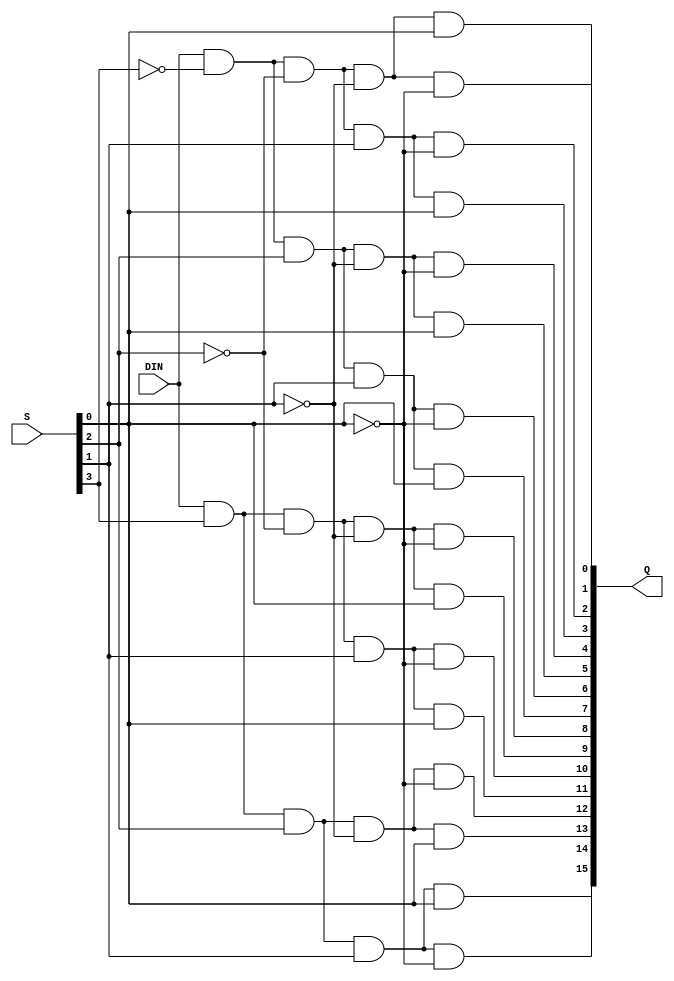
module DeMux1x16(input DIN,
    input [3:0] S,
    output [15:0] Q);
    
    assign Q[0] = DIN & ~S[3] & ~S[2] & ~S[1] & ~S[0];
    assign Q[1] = DIN & ~S[3] & ~S[2] & ~S[1] & S[0];
    assign Q[2] = DIN & ~S[3] & ~S[2] & S[1] & ~S[0];
    assign Q[3] = DIN & ~S[3] & ~S[2] & S[1] & S[0];
    assign Q[4] = DIN & ~S[3] & S[2] & ~S[1] & ~S[0];
    assign Q[5] = DIN & ~S[3] & S[2] & ~S[1] & S[0];
    assign Q[6] = DIN & ~S[3] & S[2] & S[1] & ~S[0];
    assign Q[7] = DIN & ~S[3] & S[2] & S[1] & S[0];
    assign Q[8] = DIN & S[3] & ~S[2] & ~S[1] & ~S[0];
    assign Q[9] = DIN & S[3] & ~S[2] & ~S[1] & S[0];
    assign Q[10] = DIN & S[3] & ~S[2] & S[1] & ~S[0];
    assign Q[11] = DIN & S[3] & ~S[2] & S[1] & S[0];
    assign Q[12] = DIN & S[3] & S[2] & ~S[1] & ~S[0];
    assign Q[13] = DIN & S[3] & S[2] & ~S[1] & S[0];
    assign Q[14] = DIN & S[3] & S[2] & S[1] & ~S[0];
    assign Q[15] = DIN & S[3] & S[2] & S[1] & S[0];
endmodule

module DeMux1x16_tests;
	integer STDERR = 32'h80000002;

    reg DIN;
    reg [4:0] S;
    wire [15:0] Q;

    DeMux1x16 demux(DIN, S[3:0], Q);

    reg [15:0] Qzeroed;

    initial begin
        $display("Testing DeMux1x16");

        DIN = 0;
        #10;
        for(S = 0; S < 5'h10; S++) begin
            #10;
            if(Q !== 0) outputFailedTest();
        end

        DIN = 1;
        #10;
        for(S = 0; S < 5'h10; S++) begin
            #10;
            Qzeroed = Q;
            Qzeroed[S[3:0]] = 0;
            if(Q[S[3:0]] !== 1 || |Qzeroed[S[3:0]] !== 0)
                outputFailedTest();
        end
    end

    task outputFailedTest;
        begin
            $fwrite(STDERR, "Failed test:\nDIN - %x\nS - %01x\nQ - %04x\n\n",
                DIN, S[3:0], Q);
        end
    endtask
endmodule